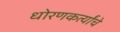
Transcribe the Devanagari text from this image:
धोरणकर्त्यांचे